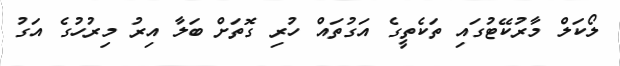
ލޯކަލް މާރުކޭޓުގައި ތަކެތީގެ އަގުތައް ހުރި ގޮތަށް ބަލާ އިރު މިރުހުގެ އަގު